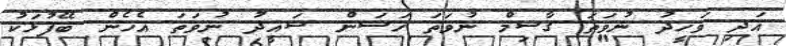
އަދި ވަހީދު ނުވަތަ ގާސިމް ނުވަތަ ހަސަން ސައީދު ނުވަތަ އެހެން ބޭފުޅަކު